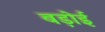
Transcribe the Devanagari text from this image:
बड़ोई